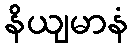
နိယျမာနံ